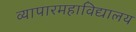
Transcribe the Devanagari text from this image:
व्यापारमहाविद्यालय